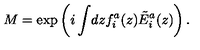
M = \exp \left( i \int \! d z f _ { i } ^ { a } ( z ) \tilde { E } _ { i } ^ { a } ( z ) \right) .